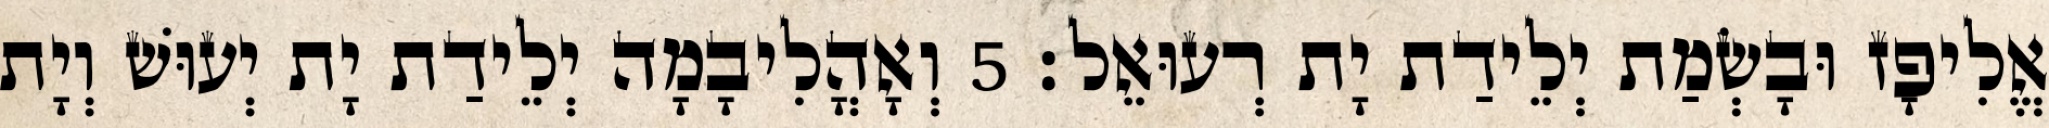
אֱלִיפָז וּבָשְׂמַת יְלֵידַת יָת רְעוּאֵל׃ 5 וְאָהֳלִיבָמָה יְלֵידַת יָת יְעוּשׁ וְיָת